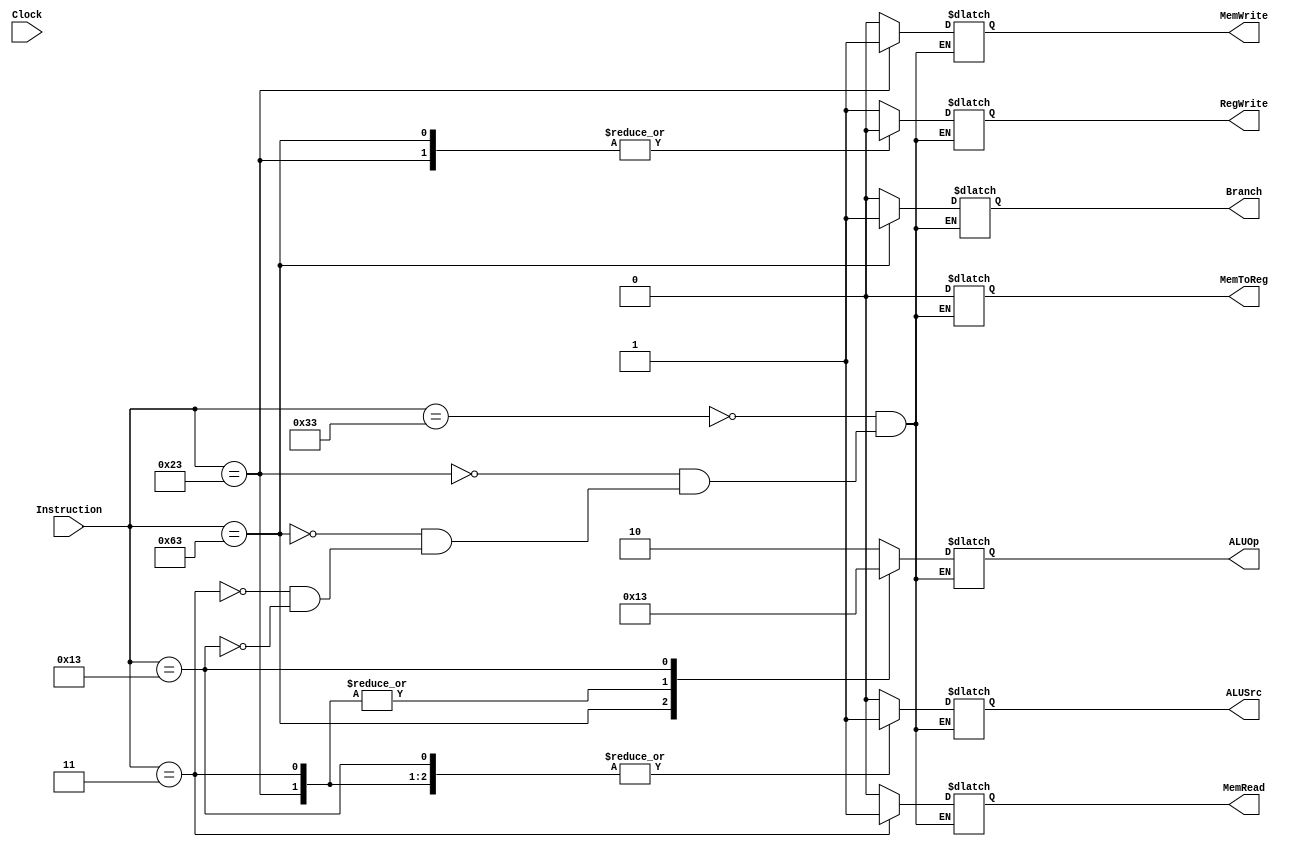
module Control(
  Instruction,Branch, MemRead, MemToReg, MemWrite, ALUSrc, RegWrite,ALUOp,Clock);
   input wire [6:0] Instruction;
   input wire Clock;
  output  reg Branch, MemRead, MemWrite, ALUSrc, RegWrite,MemToReg;
  output  reg [1:0] ALUOp;

  always @(*)
  begin


    case (Instruction) //Baseado no valor Instruction(Opcode da instrucao)
      7'b0110011: begin // R-type instruction
  Branch = 1'b0;
  MemRead = 1'b0;
  MemWrite = 1'b0;
  ALUSrc = 1'b0;
  RegWrite = 1'b1;
  MemToReg = 1'b0; // Assign a value to MemToReg in this case
  ALUOp = 2'b10;
end

      7'b0100011:begin //S

Branch = 1'b0;
MemRead = 1'b0;
MemToReg = 1'b0;
MemWrite = 1'b1;
ALUSrc = 1'b1;
RegWrite = 1'b0;
ALUOp <= 2'b00; end
      7'b1100011: begin //R
Branch = 1'b1;
MemRead = 1'b0;
MemToReg = 1'b0;
MemWrite = 1'b0;
ALUSrc = 1'b0;
RegWrite = 1'b0;
ALUOp = 2'b01; end
7'b0000011: begin
Branch = 1'b0;
MemRead = 1'b1;
MemToReg = 1'b0;
MemWrite = 1'b0;
ALUSrc = 1'b1;
RegWrite = 1'b1;
ALUOp = 2'b00;
end

7'b0010011: begin //I

Branch = 1'b0;
MemRead = 1'b0;
MemToReg = 1'b0;
MemWrite = 1'b0;
ALUSrc = 1'b1;
RegWrite = 1'b1;
ALUOp = 2'b11;
end
 
    

    endcase
	 /*
 if(Instruction === 7'bxxxxxxx)begin
                  Exit=1;
end else begin
//$display("%b-%b",Instruction,ALUOp);
//$display("Instruction:%b Branch: %b MemRead: %b MemToReg: %b MemWrite: %b ALUSrc: %b RegWrite: %b ALUOp: %b",Instruction,
//           Branch, MemRead, MemToReg, MemWrite, ALUSrc, RegWrite, ALUOp);
end
*/
  end


endmodule